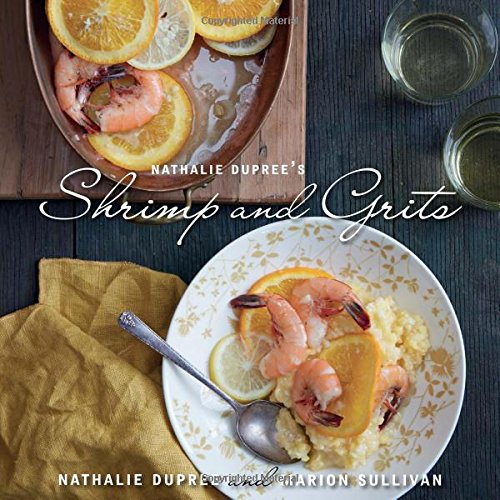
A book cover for Nathalie Dupree's Shrimp and Grits; Nathalie Dupree; Cookbooks, Food & Wine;